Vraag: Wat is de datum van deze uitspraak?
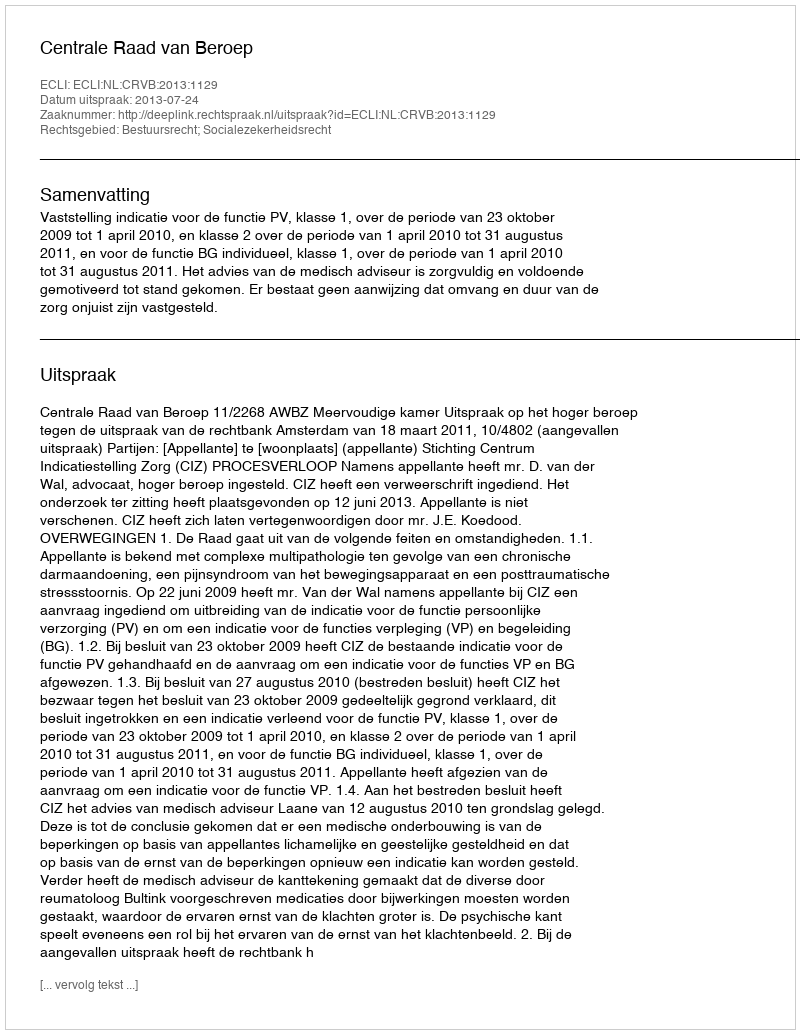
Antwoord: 2013-07-24